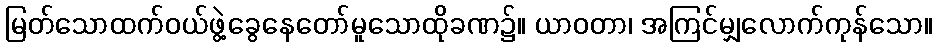
မြတ်သောထက်ဝယ်ဖွဲ့ခွေနေတော်မူသောထိုခဏ၌။ ယာဝတာ၊ အကြင်မျှလောက်ကုန်သော။